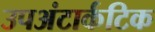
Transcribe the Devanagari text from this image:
उपअंटार्कटिक